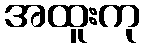
အထူးကု